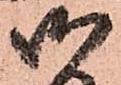
御